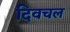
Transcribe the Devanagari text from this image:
दिवचल